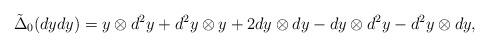
LaTeX: \begin{align*} \tilde{\Delta}_0(dydy) = y\otimes d^2y + d^2y\otimes y +2 dy\otimes dy - dy\otimes d^2y - d^2y\otimes dy, \end{align*}